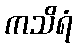
ကသိရံ